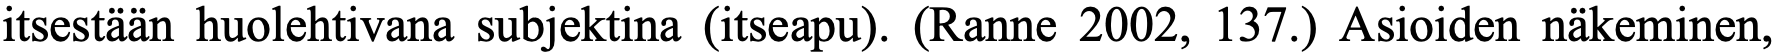
itsestään huolehtivana subjektina (itseapu). (Ranne 2002, 137.) Asioiden näkeminen,